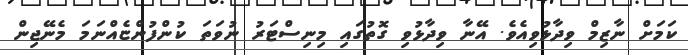
ކަމަށް ނާޒިމް ވިދާޅުވިއެވެ. އޭނާ ވިދާޅުވި ގޮތުގައި މިނިސްޓަރު ނުވަތަ ކުންފުންޏެއްނަމަ މެނޭޖިން